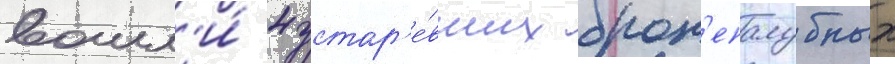
вошл'и́ 4 устар'е́вших брон'епалубных